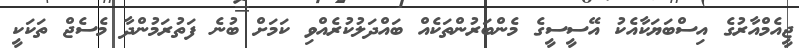
ޖީއެމްއާރުގެ އިސްބަޔަކާއެކު އޭސީސީގެ މެންބަރުންތަކެއް ބައްދަލުކުރެއްވި ކަމަށް ބުނެ ފަތުރަމުންދާ މެސެޖް ތަކަކީ